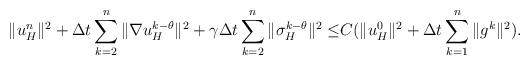
LaTeX: \begin{align*}\|u_H^{n}\|^2+\Delta t\sum_{k=2}^n\|\nabla u_H^{k-\theta}\|^2+\gamma\Delta t\sum_{k=2}^n\|\sigma_H^{k-\theta}\|^2\leq& C(\|u_H^{0}\|^2+\Delta t\sum_{k=1}^n\|g^{k}\|^2).\end{align*}